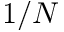
1 / N